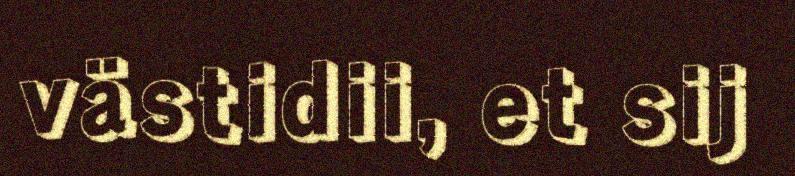
västidii, et sij